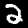
Label: 2